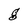
Character: g